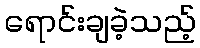
ရောင်းချခဲ့သည့်